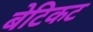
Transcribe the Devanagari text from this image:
बेटिकट